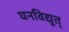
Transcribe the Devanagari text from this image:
घनविद्युत्